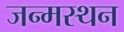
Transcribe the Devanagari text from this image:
जन्मस्थन